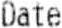
DATE